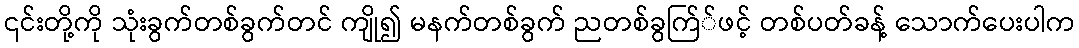
၎င်းတို့ကို သုံးခွက်တစ်ခွက်တင် ကျို၍ မနက်တစ်ခွက် ညတစ်ခွက်ြ်ဖင့် တစ်ပတ်ခန့် သောက်ပေးပါက